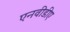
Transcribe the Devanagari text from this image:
एनवीडीए